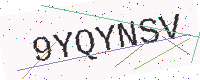
Text: 9YQYNSV